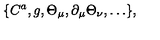
\{ C ^ { a } , g , \Theta _ { \mu } , \partial _ { \mu } \Theta _ { \nu } , \ldots \} ,